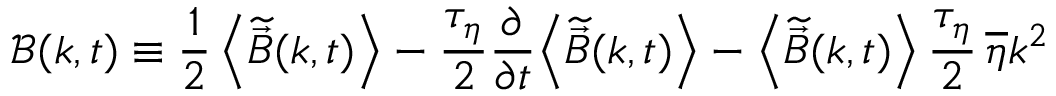
\boldsymbol { \mathcal { B } } ( \boldsymbol { k } , t ) \equiv \frac { 1 } { 2 } \left< \widetilde { \vec { B } } ( \boldsymbol { k } , t ) \right> - \frac { \tau _ { \eta } } { 2 } \frac { \partial } { \partial t } \! \left< \widetilde { \vec { B } } ( \boldsymbol { k } , t ) \right> - \left< \widetilde { \vec { B } } ( \boldsymbol { k } , t ) \right> \frac { \tau _ { \eta } } { 2 } \, \overline { { \eta } } k ^ { 2 }